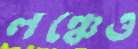
লঞ্চেও